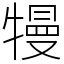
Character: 𤛔